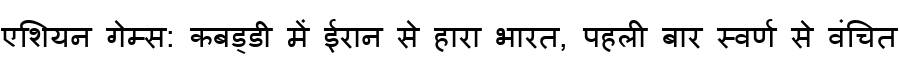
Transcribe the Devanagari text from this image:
एशियन गेम्स: कबड्डी में ईरान से हारा भारत, पहली बार स्वर्ण से वंचित